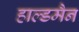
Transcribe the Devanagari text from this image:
हाल्डमैन